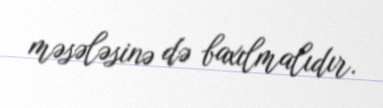
məsələsinə də baxılmalıdır.